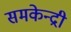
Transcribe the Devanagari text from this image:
समकेन्द्री